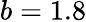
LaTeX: b=1.8